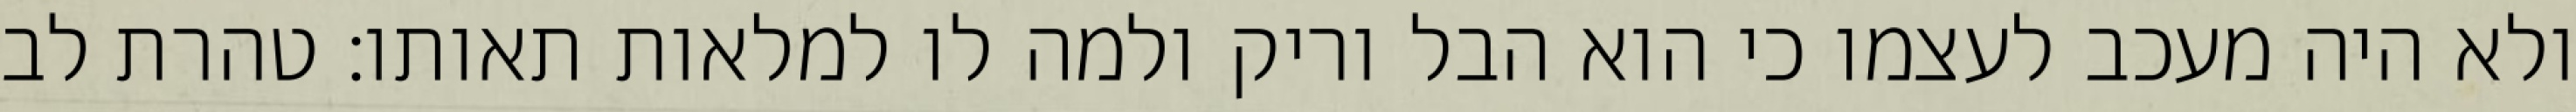
ולא היה מעכב לעצמו כי הוא הבל וריק ולמה לו למלאות תאותו: טהרת לב